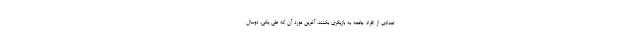
تعدادی از افراد جامعه به بازیگری بکنند. آخرین مورد آن که طی یکی، دوسال